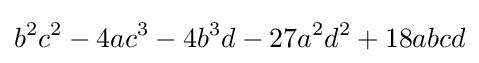
b^{2}c^{2}-4ac^{3}-4b^{3}d-27a^{2}d^{2}+18abcd